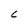
Character: C